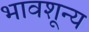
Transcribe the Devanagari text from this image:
भावशून्‍य